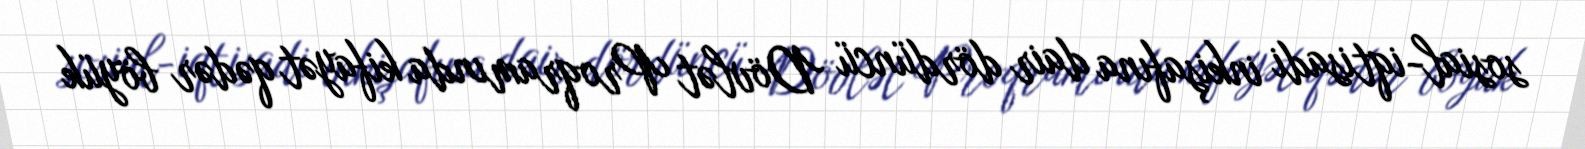
sosial-iqtisadi inkişafına dair dördüncü Dövlət Proqramında kifayət qədər böyük